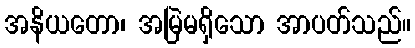
အနိယတော၊ အမြဲမရှိသော အာပတ်သည်။